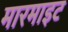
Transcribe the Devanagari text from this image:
मारमाइट